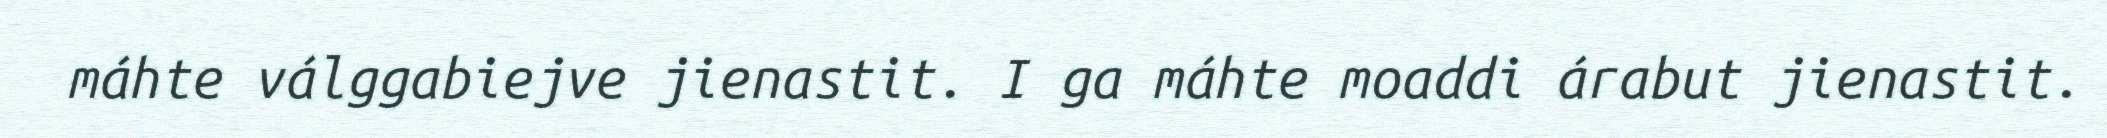
máhte válggabiejve jienastit. I ga máhte moaddi árabut jienastit.